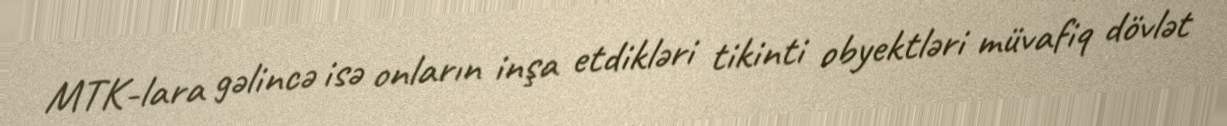
MTK-lara gəlincə isə onların inşa etdikləri tikinti obyektləri müvafiq dövlət